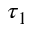
\tau _ { 1 }